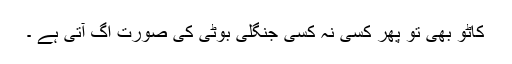
کاٹو بھی تو پھر کسی نہ کسی جنگلی بوٹی کی صورت اُگ آتی ہے ۔